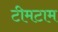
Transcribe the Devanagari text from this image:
टीमटाम